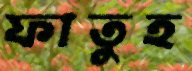
ফাতুহ